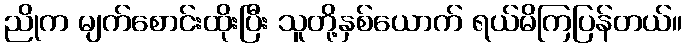
ညိုက မျက်စောင်းထိုးပြီး သူတို့နှစ်ယောက် ရယ်မိကြပြန်တယ်။